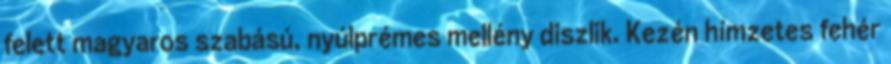
felett magyaros szabású, nyúlprémes mellény diszlik. Kezén hímzetes fehér